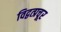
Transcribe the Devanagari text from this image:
विद्वत्प्रचूर